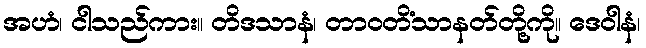
အဟံ၊ ငါသည်ကား။ တိဒသာနံ၊ တာဝတိံသာနတ်တို့ကို။ ဒေဝါနံ၊